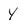
Character: Y